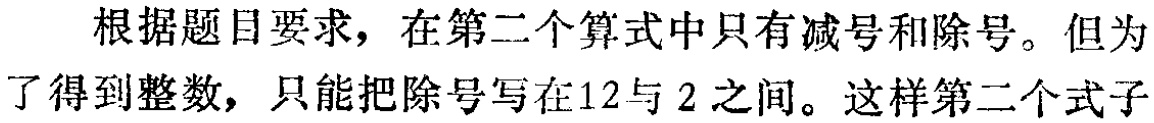
根据题目要求，在第二个算式中只有减号和除号。但为了得到整数，只能把除号写在12与2之间。这样第二个式子